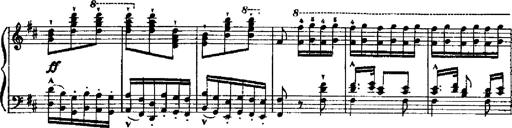
Title: RÃ©miniscences de Robert le diable
Composer: Franz Liszt